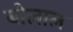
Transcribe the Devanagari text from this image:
बोलाल